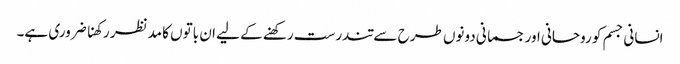
انسانی جسم کو روحانی اور جسمانی دونوں طرح سے تندرست رکھنے کے لیے ان باتوں کا مدنظر رکھنا ضروری ہے۔